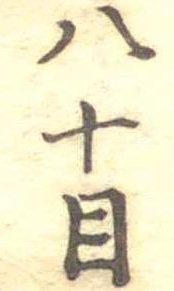
八十目